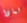
لماذا